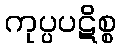
ကုပ္ပပဋိစ္စ